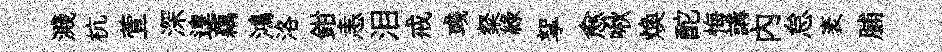
濺杭萱深遑藕鴻洛鉗恚泪戒彧粲綠挐愈啾焕酡悔講内怠袤脯